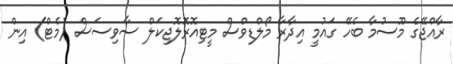
ރާއްޖޭގެ މޫސުމާ ބެހޭ ގައުމީ އިދާރާ މޯލްޑިވްސް މީޓިއޮރޮލޮޖިކަލް ސާވިސަސް (މެޓް) އިން